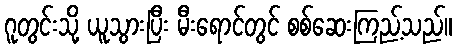
ဂူတွင်းသို့ ယူသွားပြီး မီးရောင်တွင် စစ်ဆေးကြည့်သည်။